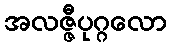
အလဇ္ဇီပုဂ္ဂလော